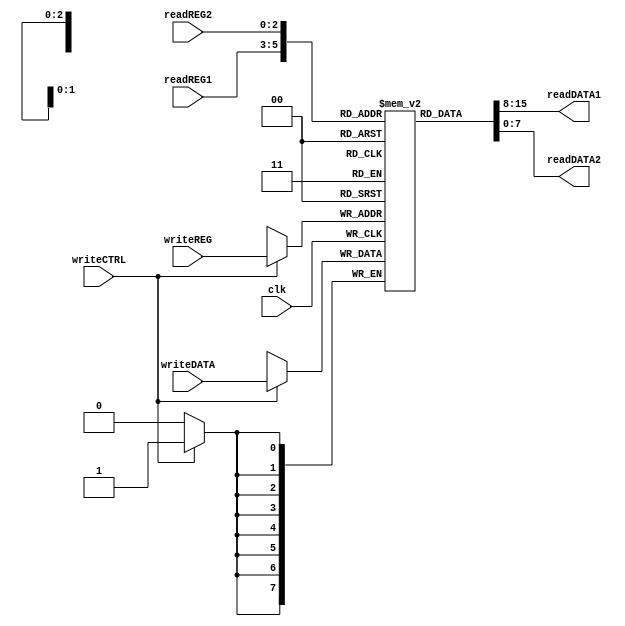
`timescale 1ns / 1ps
module REG(readREG1,readREG2,writeREG,writeCTRL,writeDATA,readDATA1,readDATA2,clk);
input [2:0]readREG1,readREG2,writeREG;
input [7:0]writeDATA;
input clk,writeCTRL;
output [7:0]readDATA1,readDATA2;
reg [7:0]regi[7:0];
integer i;
initial 
begin 
	for(i=0;i<=7;i=i+1)
		regi[i]=8'b0;
end

assign readDATA1=regi[readREG1],
		 readDATA2=regi[readREG2];

always@(negedge clk)
if(writeCTRL) regi[writeREG]<=writeDATA;

endmodule